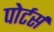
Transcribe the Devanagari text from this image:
पोर्टर्स